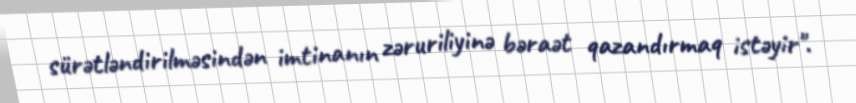
sürətləndirilməsindən imtinanın zəruriliyinə bəraət qazandırmaq istəyir".